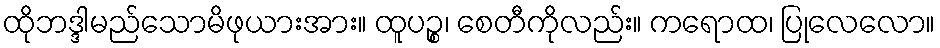
ထိုဘဒ္ဒါမည်သောမိဖုယားအား။ ထူပဉ္စ၊ စေတီကိုလည်း။ ကရောထ၊ ပြုလေလော။